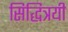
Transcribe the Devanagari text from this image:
सिद्धित्रयी